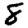
Digit: 8